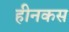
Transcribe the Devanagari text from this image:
हीनकस